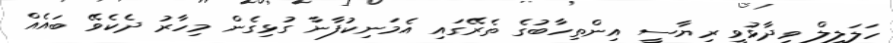
ހަލަލީލް ވިދާޅުވީ ރިޔާސީ އިންތިހާބުގެ ތެރޭގައި އެމަނިކުފާނާ ގުޅިގެން މިހާރު ދެކެވޭ ބައެއް